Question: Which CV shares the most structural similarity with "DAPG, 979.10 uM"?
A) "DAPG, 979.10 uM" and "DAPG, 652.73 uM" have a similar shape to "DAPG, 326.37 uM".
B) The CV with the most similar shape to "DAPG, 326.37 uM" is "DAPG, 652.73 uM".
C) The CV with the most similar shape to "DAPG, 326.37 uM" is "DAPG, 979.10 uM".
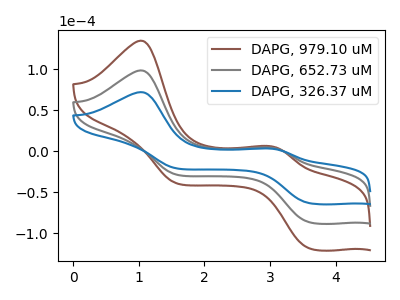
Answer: <think>The brown curve "DAPG, 979.10 uM" has anodic peaks at (1.05V, 197.20uA) (3.00V, 9.15uA) and cathodic peaks at (3.60V, -173.10uA) (1.60V, -57.30uA). The gray curve "DAPG, 652.73 uM" has anodic peaks at (1.05V, 98.60uA) (3.00V, 4.60uA) and cathodic peaks at (3.60V, -86.55uA) (1.60V, -28.65uA). The blue curve "DAPG, 326.37 uM" has anodic peaks at (1.05V, 72.10uA) (3.00V, 3.35uA) and cathodic peaks at (3.60V, -63.30uA) (1.60V, -20.95uA).
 All the peaks in "DAPG, 979.10 uM" have a peak in "DAPG, 652.73 uM" at the same potential. Every peak in "DAPG, 979.10 uM" is higher than every peak in "DAPG, 652.73 uM". All the peaks in "DAPG, 979.10 uM" have a peak in "DAPG, 326.37 uM" at the same potential. Every peak in "DAPG, 979.10 uM" is higher than every peak in "DAPG, 326.37 uM". All the peaks in "DAPG, 652.73 uM" have a peak in "DAPG, 326.37 uM" at the same potential. Every peak in "DAPG, 652.73 uM" is higher than every peak in "DAPG, 326.37 uM".</think>
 <answer>A) "DAPG, 979.10 uM" and "DAPG, 652.73 uM" have a similar shape to "DAPG, 326.37 uM".</answer>
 <eval>A</eval>